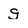
Character: g